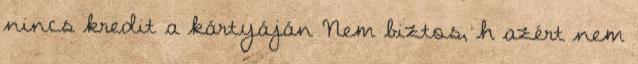
nincs kredit a kártyáján Nem biztos, h azért nem